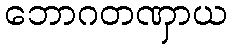
ဘောဂတဏှာယ